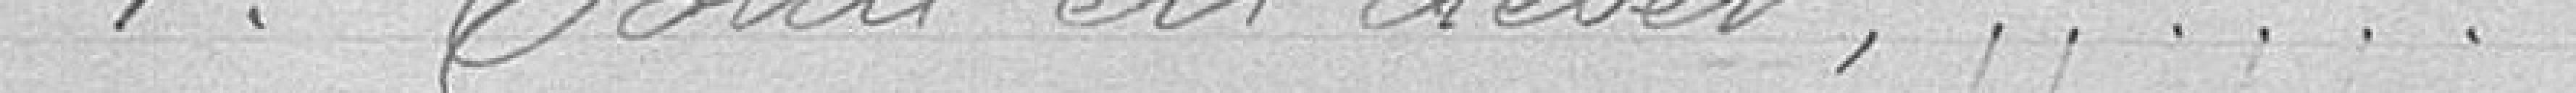
1° total en débit........